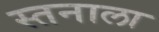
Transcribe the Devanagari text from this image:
स्तनाला